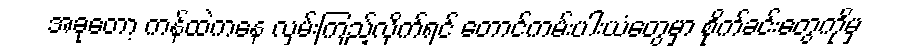
အခုတော့ ကန်ထဲကနေ လှမ်းကြည့်လိုက်ရင် တောင်ကမ်းပါးယံတွေမှာ စိုက်ခင်းတွေကိုမှ